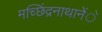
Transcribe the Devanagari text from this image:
मच्छिंद्रनाथानेेंे